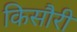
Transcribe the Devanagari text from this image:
किसौरी